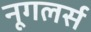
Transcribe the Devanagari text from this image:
नूगलर्स